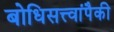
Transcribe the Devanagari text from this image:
बोधिसत्त्वांपैकी